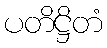
ပတိဋ္ဌိတံ